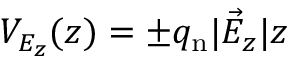
V _ { E _ { z } } ( z ) = \pm q _ { \mathrm { n } } | \vec { E } _ { z } | z